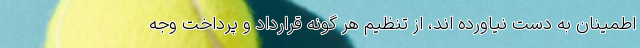
اطمینان به دست نیاورده اند، از تنظیم هر گونه قرارداد و پرداخت وجه